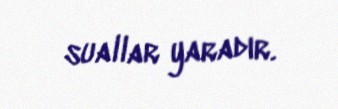
suallar yaradır.